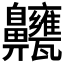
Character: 𪗃